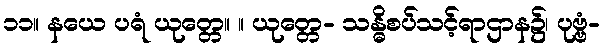
၁၁။ နယေ ပရံ ယုတ္တေ။ ။ ယုတ္တေ- သန္ဓိစပ်သင့်ရာဌာန၌၊ ပုဗ္ဗံ-